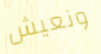
ونعيش